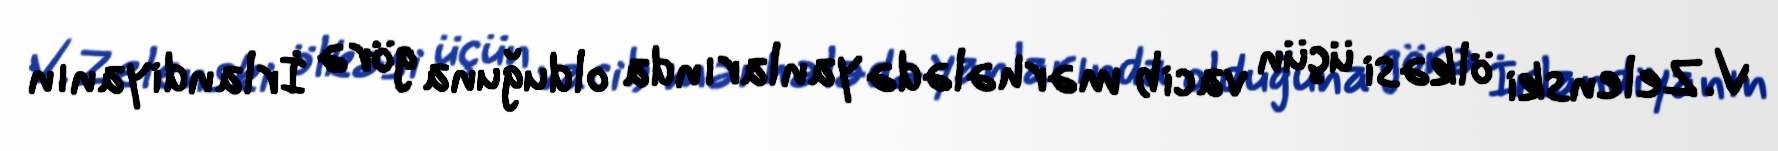
V.Zelenski ölkəsi üçün vacib mərhələdə yanlarında olduğuna görə İrlandiyanın